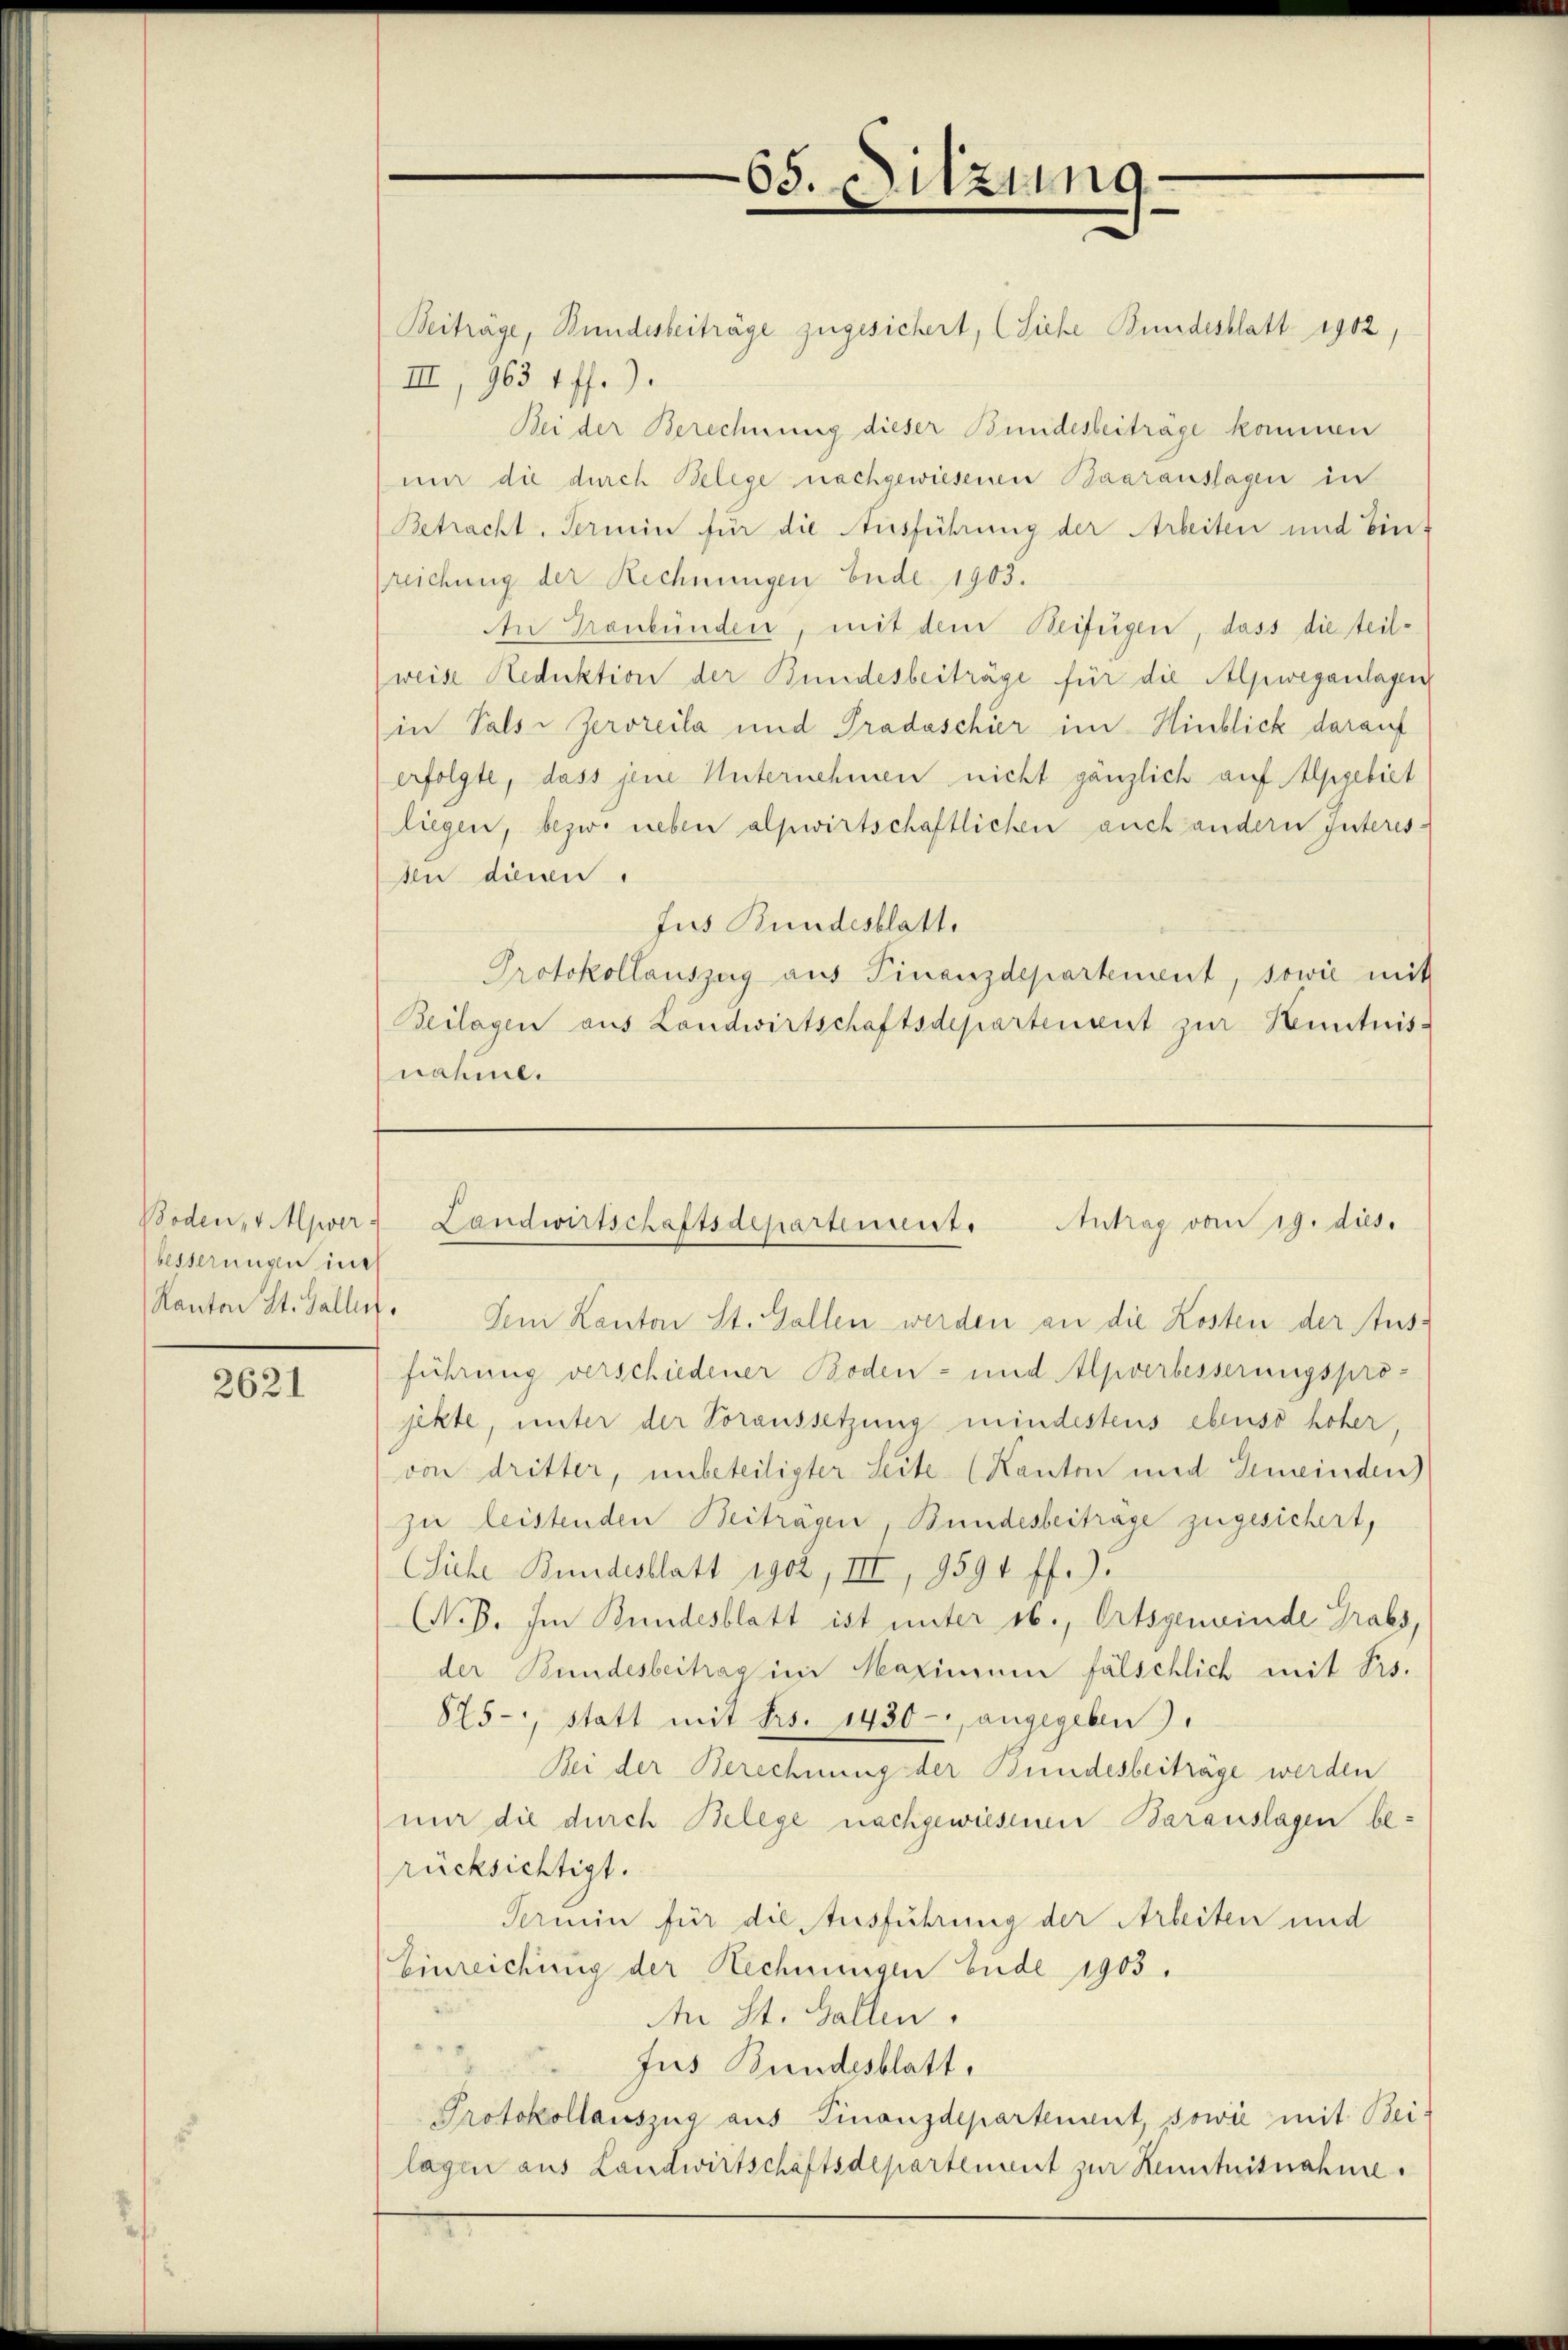
Boden, v. Mpver-
besserungen in

2621

Beiträge, Bundesbeiträge zugesichert, (Siehe Bundesblatt 1902,
III, 963 1 ff.).
Bei der Berechnung dieser Bundesbeiträge kommen
mir die durch Belege nachgewiesenen Baarauslagen in
Betracht. Termin für die Ausführung der Arbeiten und binreichung der Rechnungen bude. 1903.
An Graubünden, mit dem Beifügen, dass die teil-
weise Reduktion der Bundesbeiträge für die Alpweganlagen
in Palsi Zeroreila und Pradaschier im Hinblick darauf
erfolgte, dass jene Unternehmen nicht gänzlich auf Alpgebiet
liegen, bezw. neben alpwirtschaftlichen auch andern Interes-
An diessen.
Jus Bundesblatt.
Protokollauszug aus Finanzdepartement, sowie mit
Beilagen aus Landwirtschaftsdepartenvent zur Kenntnis-
nahier

65. Sitzung

Landwirtschaftsdepartement. Antrag vom 19. dies.

Kanton St. Galler. Dem Kanton St. Gallen werden an die Kosten der Ausführung verschiedener Boden- und Apverbesserungsprojekte, unter der Voraussetzung mindestens ebenso hoher,
von dritter, unbeteiligter Seite (Kanton und Gemeinden)
zu leistenden Beiträgen, Bundesbeitrage zugesichert,
Siche Bundesblatt egoz, III, 9591 ff.)
(N. O. Im Bundesblatt ist unter ob., Ortsgemeinde Grabs,
der Bundesbeitragini Maximum fälschlich mit Prs.
875, statt mit Frs. 1430- angegeben).
Bei der Berechnung der Bundesbeiträge werden
nir die durch Belege nachgewiesenen Barauslagen berücksichtigt.
Termin für die Ausführung der Arbeiten und
Einreichung der Rechnungen bude 1903.
An St. Gallen.
Jus Bundesblatt,
Protokollauszug aus Finanzdepartement, sowie mit Bei-
lagen aus Landwirtschäftsdepartement zur Kenntnisnahme.